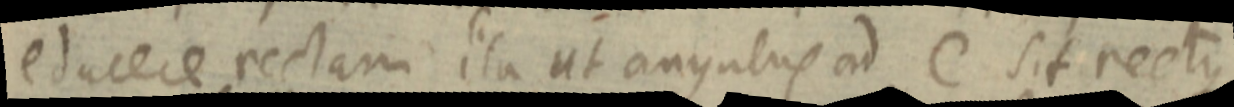
educere rectam ita ut angulus ad C sit rectus